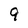
Character: 9